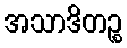
အသာဒိတဉ္စ